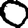
Digit: 0